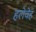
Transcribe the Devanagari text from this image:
हलेवेह